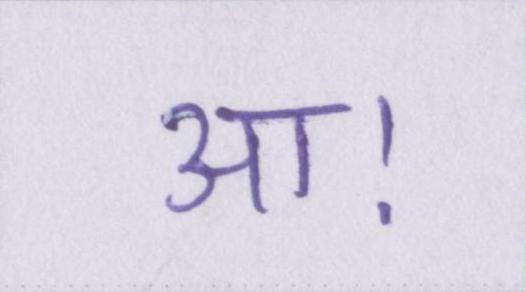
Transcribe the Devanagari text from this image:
आ।